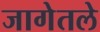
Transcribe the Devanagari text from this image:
जागेतले